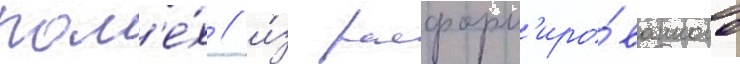
пом'е́х / и́з расформ'иро́ванного